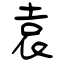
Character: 袁